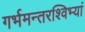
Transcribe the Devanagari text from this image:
गर्भमन्तरश्विभ्यां